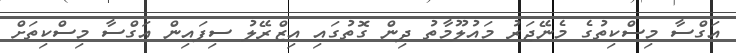
އަގްސާ މިސްކިތުގެ މެނޭޖަރު މައުލޫމާތު ދިން ގޮތުގައި އިޒްރޭލު ސިފައިން އަގްސާ މިސްކިތަށް